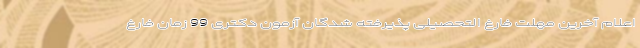
اعلام آخرین مهلت فارغ التحصیلی پذیرفته شدگان آزمون دکتری 99 زمان فارغ